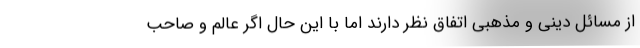
از مسائل دینی و مذهبی اتفاق نظر دارند اما با این حال اگر عالم و صاحب